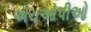
એચઓપીઓ